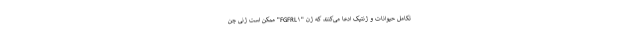
تکامل حیوانات و ژنتیک ادعا می‌کنند که ژن "FGFRL۱" ممکن است ژنی چن